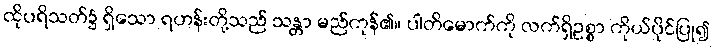
ထိုပရိသတ်၌ ရှိသော ရဟန်းတို့သည် သန္တာ မည်ကုန်၏။ ပါတိမောက်ကို လက်ရှိဥစ္စာ ကိုယ်ပိုင်ပြု၍